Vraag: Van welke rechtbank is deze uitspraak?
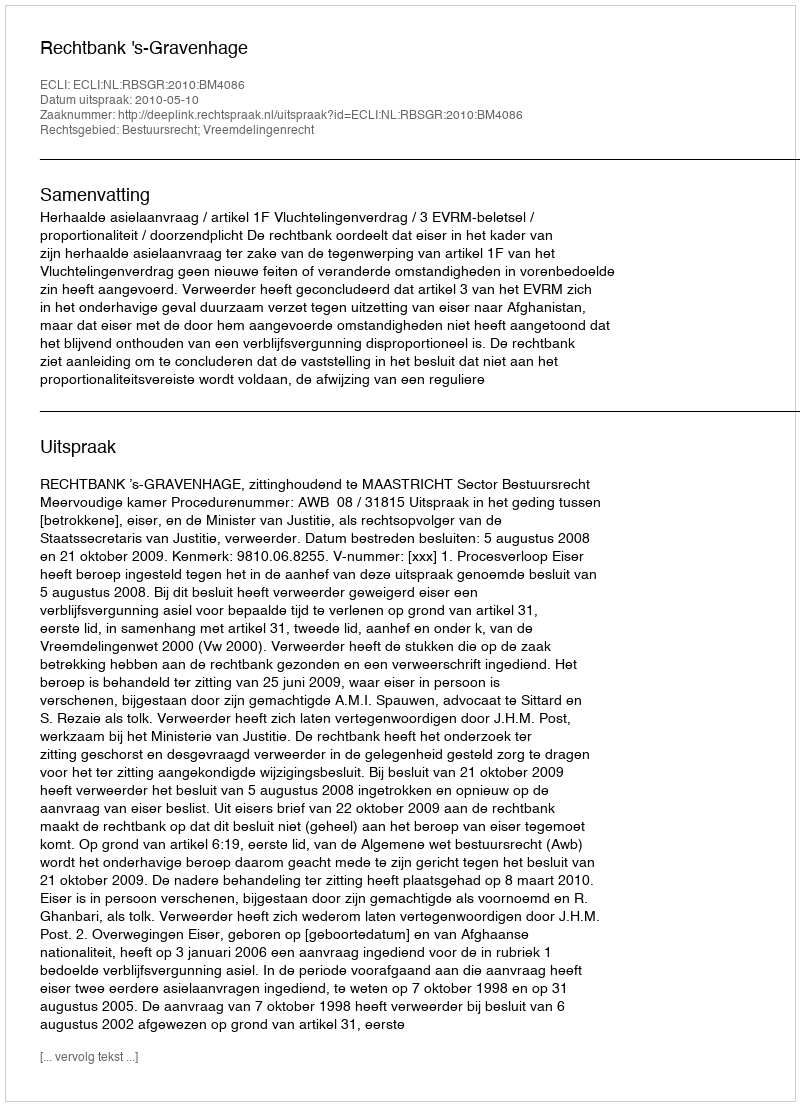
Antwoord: Rechtbank 's-Gravenhage